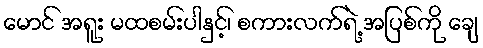
မောင် အရူး မထစမ်းပါနှင့်၊ စကားလက်ရဲ့ အပြစ်ကို ချေ